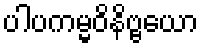
ပါပကမ္မဝိနိဗ္ဗယော